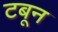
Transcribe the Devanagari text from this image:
टबून